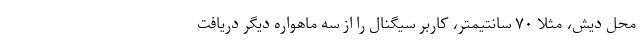
محل دیش، مثلاً ۷۰ سانتیمتر، کاربر سیگنال را از سه ماهواره دیگر دریافت